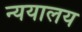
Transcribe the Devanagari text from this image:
न्ययालय